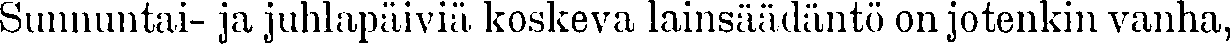
Sunnuntai- ja juhlapäiviä koskeva lainsäädäntö on jotenkin vanha,